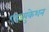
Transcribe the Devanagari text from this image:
एड्ज्युकेशन